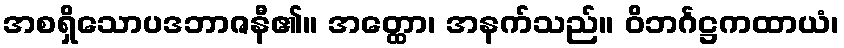
အစရှိသောပဒဘာဇနီ၏။ အတ္ထော၊ အနက်သည်။ ဝိဘင်္ဂဋ္ဌကထာယံ၊